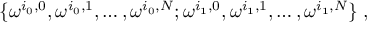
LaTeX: \{ \omega ^ { i _ { 0 } , 0 } , \omega ^ { i _ { 0 } , 1 } , \ldots , \omega ^ { i _ { 0 } , N } ; \omega ^ { i _ { 1 } , 0 } , \omega ^ { i _ { 1 } , 1 } , \ldots , \omega ^ { i _ { 1 } , N } \} \; ,